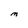
Character: M